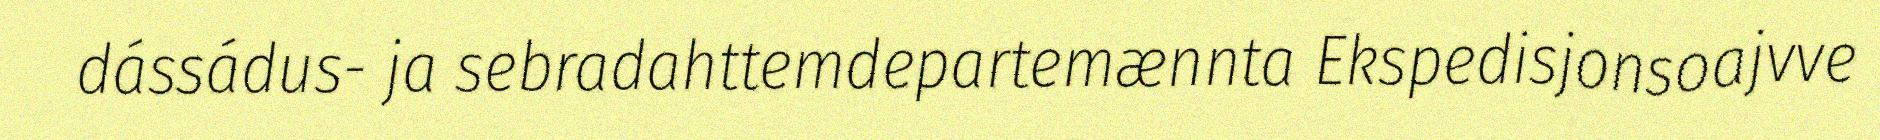
dássádus- ja sebradahttemdepartemænnta Ekspedisjonsoajvve